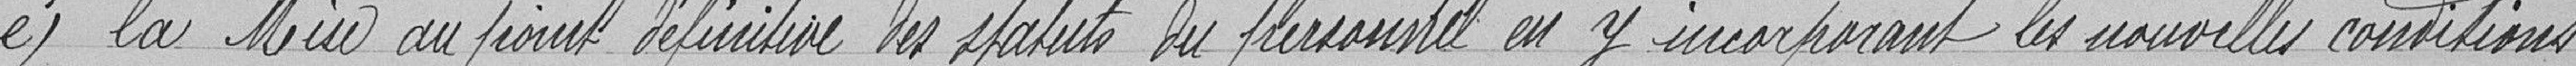
e) la mise au point définitive du personnel en y incorporant les nouvelles conditions